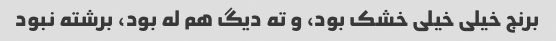
برنج خیلی خیلی خشک بود، و ته دیگ هم له بود، برشته نبود